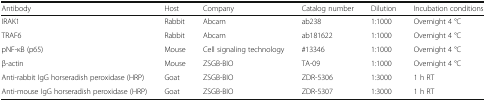
<table><thead><tr><td><b>Antibody</b></td><td><b>Host</b></td><td><b>Company</b></td><td><b>Catalog number</b></td><td><b>Dilution</b></td><td><b>Incubation conditions</b></td></tr></thead><tbody><tr><td>IRAK1</td><td>Rabbit</td><td>Abcam</td><td>ab238</td><td>1:1000</td><td>Overnight 4 °C</td></tr><tr><td>TRAF6</td><td>Rabbit</td><td>Abcam</td><td>ab181622</td><td>1:1000</td><td>Overnight 4 °C</td></tr><tr><td>pNF-κB (p65)</td><td>Mouse</td><td>Cell signaling technology</td><td>#13346</td><td>1:1000</td><td>Overnight 4 °C</td></tr><tr><td>β-actin</td><td>Mouse</td><td>ZSGB-BIO</td><td>TA-09</td><td>1:1000</td><td>Overnight 4 °C</td></tr><tr><td>Anti-rabbit IgG horseradish peroxidase (HRP)</td><td>Goat</td><td>ZSGB-BIO</td><td>ZDR-5306</td><td>1:3000</td><td>1 h RT</td></tr><tr><td>Anti-mouse IgG horseradish peroxidase (HRP)</td><td>Goat</td><td>ZSGB-BIO</td><td>ZDR-5307</td><td>1:3000</td><td>1 h RT</td></tr></tbody></table>